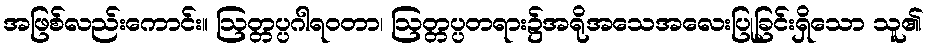
အဖြစ်လည်းကောင်း။ ဩတ္တပ္ပဂါရဝတာ၊ ဩတ္တပ္ပတရား၌အရိုအသေအလေးပြုခြင်းရှိသော သူ၏